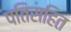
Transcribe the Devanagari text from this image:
पतिसहित